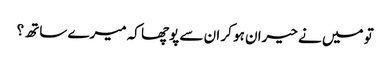
تو میں نے حیران ہو کر ان سے پوچھا کہ میرے ساتھ ؟